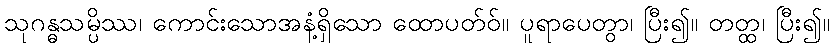
သုဂန္ဓသမ္ပိဿ၊ ကောင်းသောအနံ့ရှိသော ထောပတ်ဝ်။ ပူရာပေတွာ၊ ပြီး၍။ တတ္ထ၊ ပြီး၍။